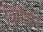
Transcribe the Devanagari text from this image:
विमोचने